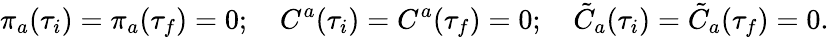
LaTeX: \pi_{a}(\tau_{i})=\pi_{a}(\tau_{f})=0;\quad C^{a}(\tau_{i})=C^{a}(\tau_{f})=0;\quad\tilde{C}_{a}(\tau_{i})=\tilde{C}_{a}(\tau_{f})=0.